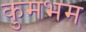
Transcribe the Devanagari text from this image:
कुमभम